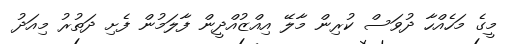
މީގެ މަހެއްހާ ދުވަސް ކުރިން މާލޭ އިއްޒުއްދީން ފާލަމުން ފެށި ދަތުރު މިއަދު